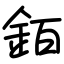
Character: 銆